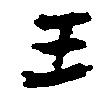
王